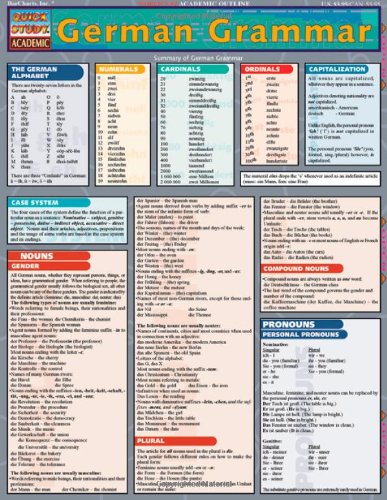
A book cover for German Grammar (Quickstudy: Academic); Inc. BarCharts; Reference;